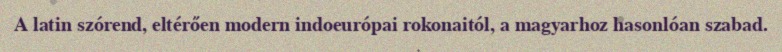
A latin szórend, eltérően modern indoeurópai rokonaitól, a magyarhoz hasonlóan szabad.